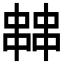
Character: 𠁷